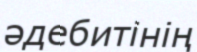
әдебитінің